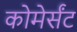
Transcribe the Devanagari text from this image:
कोमेर्संट